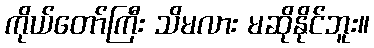
ကိုယ်တော်ကြီး သိမလား မဆိုနိုင်ဘူး။